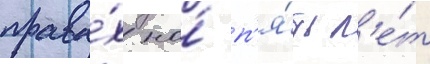
права́х на́ п'я́ть л'е́т